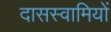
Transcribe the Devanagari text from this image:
दासस्वामियों